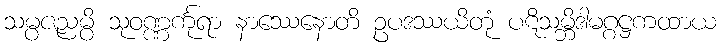
သမ္ပဇညမ္ပိ သုဝဏ္ဏင်္ကုရာ နာဿေနောတိ ဥပဒဿယိတုံ ပဋိသမ္ဘိဒါမဂ္ဂဋ္ဌကထာယ